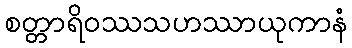
စတ္တာရိဝဿသဟဿာယုကာနံ